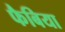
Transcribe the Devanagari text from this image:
फैबिया